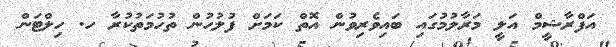
އަފްރާޝީމް އަލީ މަރާލުމުގައި ބައިވެރިވުން އޮތް ކަމަށް ފުލުހުން ތުހުމަތުކުރާ ހ. ހިލްޓަން